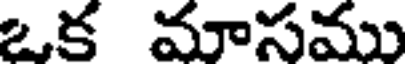
ఒక మాసము